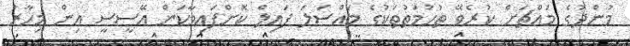
މުންދުގެ މައްޗަށް ކުރެވޭ ތުހުމަތުތަކުގެ މައްސަލަ ފައިލް ކޮށްފައިވާކަން އޭސީސީ އިން މިހާރު